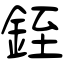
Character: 銍